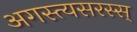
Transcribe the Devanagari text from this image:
अगस्त्यसरस्स्